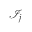
\mathcal { I } _ { j }